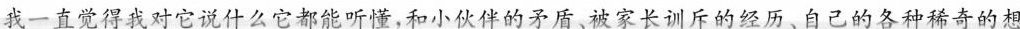
我一直觉得我对它说什么它都能听懂，和小伙伴的矛盾，被家长训斥的经历、自己的各种稀奇的想